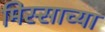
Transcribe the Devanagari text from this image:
मिस्साच्या